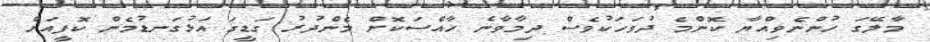
މާލޭގަ ހުންނެވިއްޔާ ކޮންމެ ދުވަހަކުވެސް ދިމާވާނެ ހާއްސަކޮށް މެންދުރު ގަޑީގަ އަޅުގަނޑުމެން ކޮފީއަށް